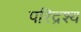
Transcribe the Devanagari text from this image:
परिद्रश्य